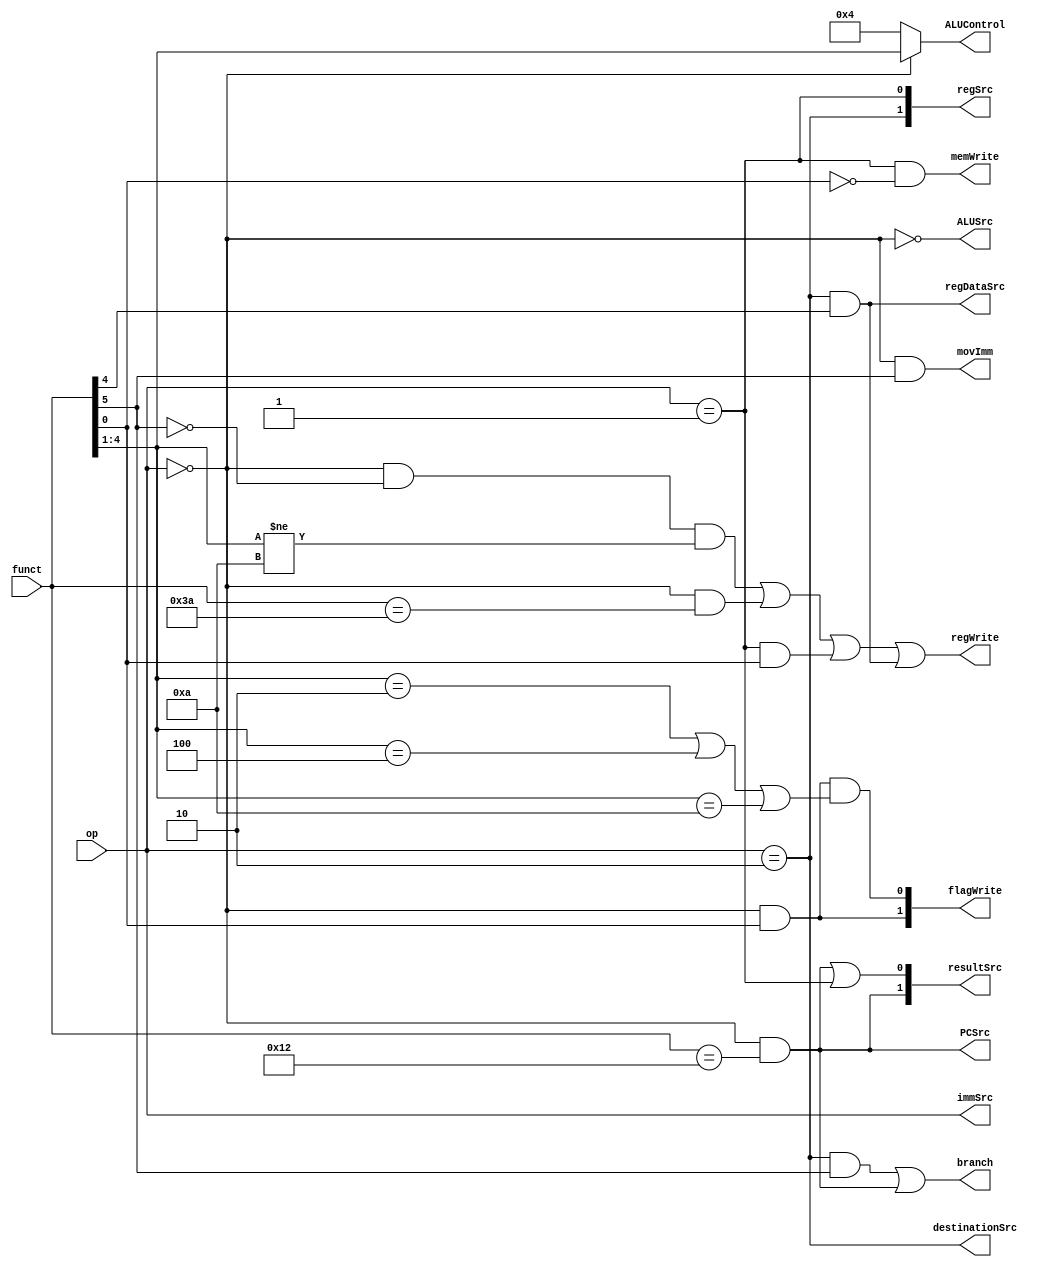
module controlUnit
(
	input [1:0] op,
	input [5:0] funct, //INS[25:20]


	output regDataSrc,
	output PCSrc,
	output branch,
	output regWrite,
	output memWrite,
	output[1:0] resultSrc,
	output[3:0] ALUControl,
	output ALUSrc,
	output[1:0] flagWrite,
	output[1:0] immSrc,
	output destinationSrc,
	output[1:0] regSrc,	
	output movImm
);

assign 	regDataSrc	= (op == 2'b10) & funct[4],
		PCSrc 		=  (op == 2'b00) & (funct == 6'b010010), //BX
		branch 		= (op == 2'b10) & (funct[5]==1) |
					  (op == 2'b00) & (funct == 6'b010010), // BX	  
		regWrite 	= ((op == 2'b00)&(  funct[5]==0) & funct[4:1]!=4'b1010) | //normal DP
					  ((op == 2'b00)&(funct==6'b111010))| //eger movIMM
				      ((op == 2'b01) & funct[0]) |
				   	  ((op == 2'b10) & funct[4]),
		memWrite		= (op == 2'b01) & ~funct[0],
		resultSrc[1]= PCSrc,
		resultSrc[0]= PCSrc | (op == 2'b01),
		ALUControl[3:0]= (op==2'b00) ? funct[4:1] : 4'b0100,
		ALUSrc		= ~(op==2'b00),
		flagWrite[1]= (op==2'b00)&(funct[0]==1'b1),
		flagWrite[0]= (op==2'b00)&(funct[0]==1'b1)&
						  ((funct[4:1]==2)|(funct[4:1]==4)|(funct[4:1]==10)),
		immSrc		= op,
		destinationSrc=(op == 2'b10),
		regSrc[1]	= (op == 2'b10),
		regSrc[0]	= (op == 2'b01),
		movImm		= (op == 2'b00) & funct[5];



endmodule